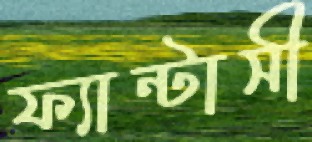
ফ্যান্টাসী